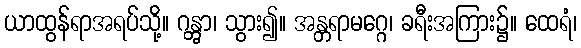
ယာထွန်ရာအရပ်သို့။ ဂန္တွာ၊ သွား၍။ အန္တရာမဂ္ဂေ၊ ခရီးအကြား၌။ ထေရံ၊